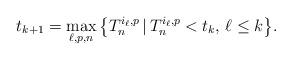
LaTeX: \begin{align*}\label[Ieq]{eq:recursivejumpingtimes}t_{k+1} = \max_{\ell,p,n}\big\{T^{i_\ell,p}_n\,|\, T^{i_\ell,p}_n<t_k,\,\ell\leq k\big\}.\end{align*}